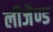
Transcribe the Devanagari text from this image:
लीजैण्ड